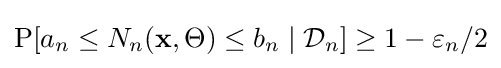
\operatorname {P} [a_{n}\leq N_{n}(\mathbf {x} ,\Theta )\leq b_{n}\mid {\mathcal {D}}_{n}]\geq 1-\varepsilon _{n}/2